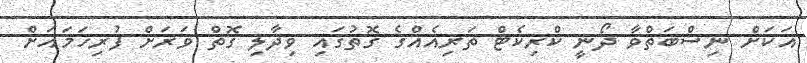
އަކަށް ނިސްބަތްވާ ދޯނީ ކްރިކެޓް ތަރިއެއްގެ ގޮތުގައި ވިދާލި ގޮތް ވަރަށް ފުރިހަމައަށް